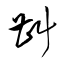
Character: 斟